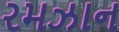
રમઝાન